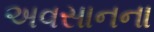
અવસાનના